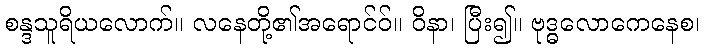
စန္ဒသူရိယလောက်။ လနေတို့၏အရောင်ဝ်။ ဝိနာ၊ ပြီး၍။ ဗုဒ္ဓလောကေနေစ၊